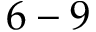
6 - 9